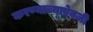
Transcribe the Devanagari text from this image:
करण्याच्याऐवजी